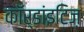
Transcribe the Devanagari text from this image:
कॉर्डांइटिज़